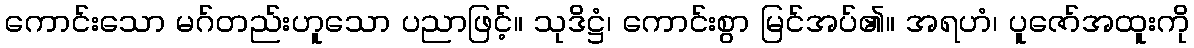
ကောင်းသော မဂ်တည်းဟူသော ပညာဖြင့်။ သုဒိဋ္ဌံ၊ ကောင်းစွာ မြင်အပ်၏။ အရဟံ၊ ပူဇော်အထူးကို